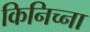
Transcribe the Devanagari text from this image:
किनिच्ना